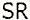
SR